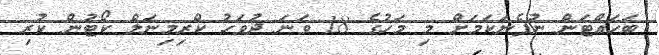
ބަހައްޓަން ނުފެނަކަމަށް މި މަހުގެ 18 ވަނަ ދުވަހު ކްރިމިނަލް ކޯޓުން ކުރި